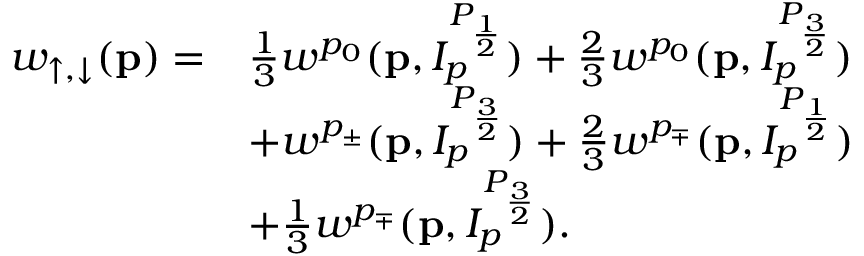
\begin{array} { r l } { w _ { \uparrow , \downarrow } ( \mathbf { p } ) = } & { \frac { 1 } { 3 } w ^ { p _ { 0 } } ( \mathbf { p } , I _ { p } ^ { P _ { \frac { 1 } { 2 } } } ) + \frac { 2 } { 3 } w ^ { p _ { 0 } } ( \mathbf { p } , I _ { p } ^ { P _ { \frac { 3 } { 2 } } } ) } \\ & { + w ^ { p _ { \pm } } ( \mathbf { p } , I _ { p } ^ { P _ { \frac { 3 } { 2 } } } ) + \frac { 2 } { 3 } w ^ { p _ { \mp } } ( \mathbf { p } , I _ { p } ^ { P _ { \frac { 1 } { 2 } } } ) } \\ & { + \frac { 1 } { 3 } w ^ { p _ { \mp } } ( \mathbf { p } , I _ { p } ^ { P _ { \frac { 3 } { 2 } } } ) . } \end{array}